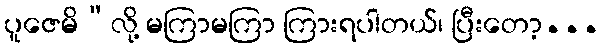
ပူဇေမိ”လို့ မကြာမကြာ ကြားရပါတယ်၊ ပြီးတော့...